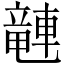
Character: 𫏽